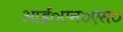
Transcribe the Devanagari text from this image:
आई०एन०एस०